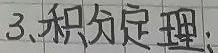
3.积分定理：